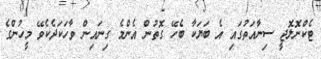
ޓެކްނޮލޮޖީ ސިނާއަތުގައި އެ ބަޔަކާ ބެހޭ ގޮތުން އެންމެ ގިނައިން ވާހަކަދެކެވޭ މީހުންގެ